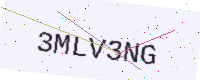
Text: 3MLV3NG